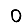
Digit: 0